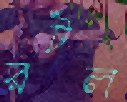
রটল